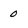
Character: 0